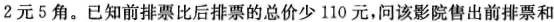
2元5角。已知前排票比后排票的总价少110元，问该影院售出前排票和